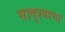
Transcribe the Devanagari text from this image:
सादृश्याचा